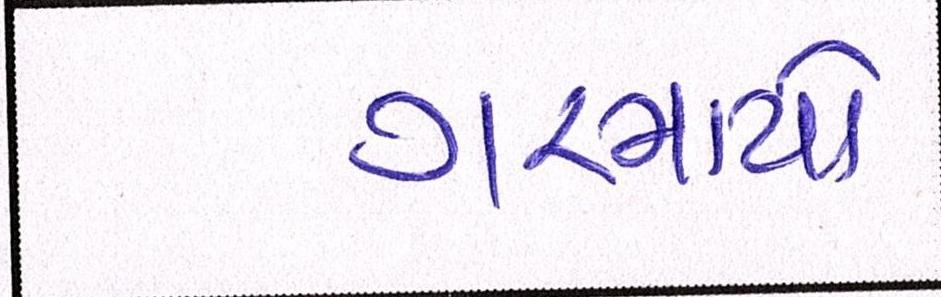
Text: ગરમાયો